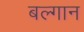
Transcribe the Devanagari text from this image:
बल्गान